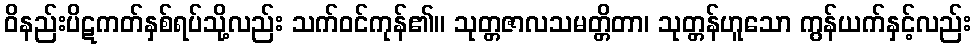
ဝိနည်းပိဋကတ်နှစ်ရပ်သို့လည်း သက်ဝင်ကုန်၏။ သုတ္တဇာလသမတ္တိတာ၊ သုတ္တန်ဟူသော ကွန်ယက်နှင့်လည်း